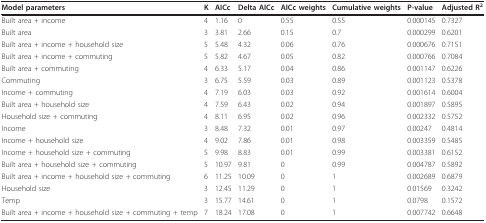
| Model parameters | K | AICc | Delta AICc | AICc weights | Cumulative weights | P-value | Adjusted R2 |
 | --- | --- | --- | --- | --- | --- | --- | --- |
 | Built area + income | 4 | 1.16 | 0 | 0.55 | 0.55 | 0.000145 | 0.7327 |
 | Built area | 3 | 3.81 | 2.66 | 0.15 | 0.7 | 0.000299 | 0.6201 |
 | Built area + income + household size | 5 | 5.48 | 4.32 | 0.06 | 0.76 | 0.000676 | 0.7151 |
 | Built area + income + commuting | 5 | 5.82 | 4.67 | 0.05 | 0.82 | 0.000766 | 0.7084 |
 | Built area + commuting | 4 | 6.33 | 5.17 | 0.04 | 0.86 | 0.001147 | 0.6226 |
 | Commuting | 3 | 6.75 | 5.59 | 0.03 | 0.89 | 0.001123 | 0.5378 |
 | Income + commuting | 4 | 7.19 | 6.03 | 0.03 | 0.92 | 0.001614 | 0.6004 |
 | Built area + household size | 4 | 7.59 | 6.43 | 0.02 | 0.94 | 0.001897 | 0.5895 |
 | Household size + commuting | 4 | 8.11 | 6.95 | 0.02 | 0.96 | 0.002332 | 0.5752 |
 | Income | 3 | 8.48 | 7.32 | 0.01 | 0.97 | 0.00247 | 0.4814 |
 | Income + household size | 4 | 9.02 | 7.86 | 0.01 | 0.98 | 0.003359 | 0.5485 |
 | Income + household size + commuting | 5 | 9.98 | 8.83 | 0.01 | 0.99 | 0.003381 | 0.6152 |
 | Built area + household size + commuting | 5 | 10.97 | 9.81 | 0 | 0.99 | 0.004787 | 0.5892 |
 | Built area + income + household size + commuting | 6 | 11.25 | 10.09 | 0 | 1 | 0.002689 | 0.6879 |
 | Household size | 3 | 12.45 | 11.29 | 0 | 1 | 0.01569 | 0.3242 |
 | Temp | 3 | 15.77 | 14.61 | 0 | 1 | 0.0798 | 0.1572 |
 | Built area + income + household size + commuting + temp | 7 | 18.24 | 17.08 | 0 | 1 | 0.007742 | 0.6648 |